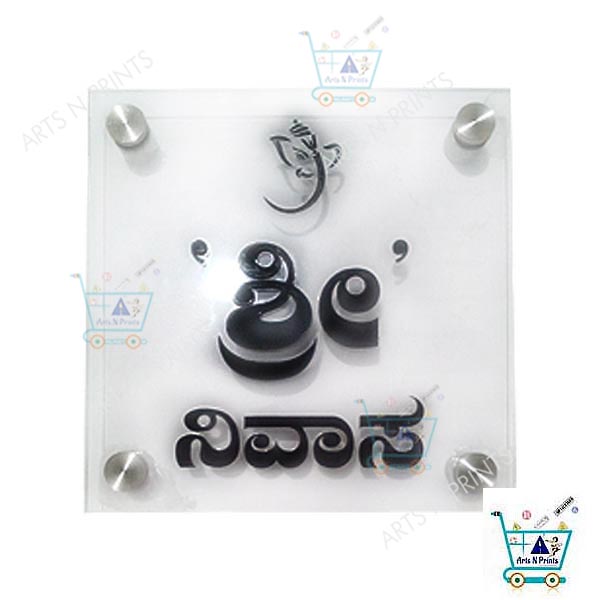
Language: kannada
Transcription: ನಿವಾಸ ಶ್ರೀ